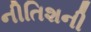
નીતિશની